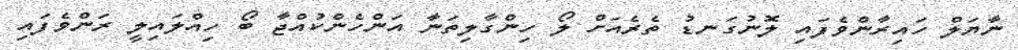
ނާޔަލް ހައިރާންވެފައި ލޮނުގަނޑު ތެރެއަށް ލޯ ހިންގާލިތަނާ އަންހެންކުއްޖާ ބޯ ހިއްލައިލީ ރަންވެފައި